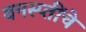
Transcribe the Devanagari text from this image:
वनस्प्तींचे